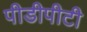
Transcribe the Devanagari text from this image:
पीडीपीटी